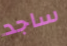
ساجد